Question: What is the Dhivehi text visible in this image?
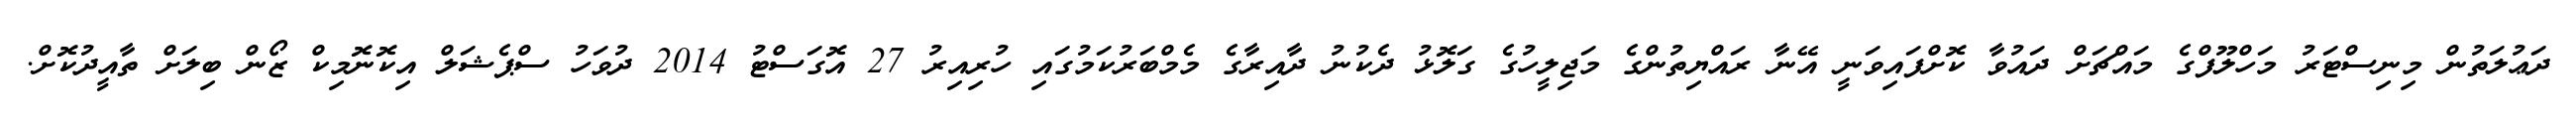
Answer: ދަޢުލަތުން މިނިސްޓަރު މަހްލޫފްގެ މައްޗަށް ދައުވާ ކޮށްފައިވަނީ އޭނާ ރައްޔިތުންގެ މަޖިލީހުގެ ގަލޮޅު ދެކުނު ދާއިރާގެ މެމްބަރުކަމުގައި ހުރިއިރު 27 އޮގަސްޓު 2014 ދުވަހު ސްޕެޝަލް އިކޮނޮމިކް ޒޯން ބިލަށް ތާއީދުކޮށް.